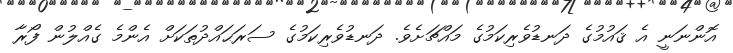
އޮންނަނީ އެ ޤައުމުގެ ދަނޑުވެރިކަމުގެ މައްޗަށެވެ. ދަނޑުވެރިކަމުގެ ސަރަޙައްދުތަކަށް އެންމެ ގެއްލުން ފޯރާ